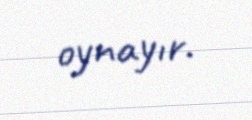
oynayır.